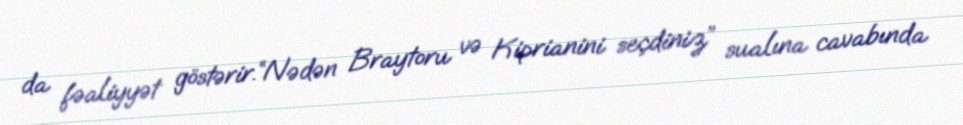
da fəaliyyət göstərir.“Nədən Braytoru və Kiprianini seçdiniz” sualına cavabında